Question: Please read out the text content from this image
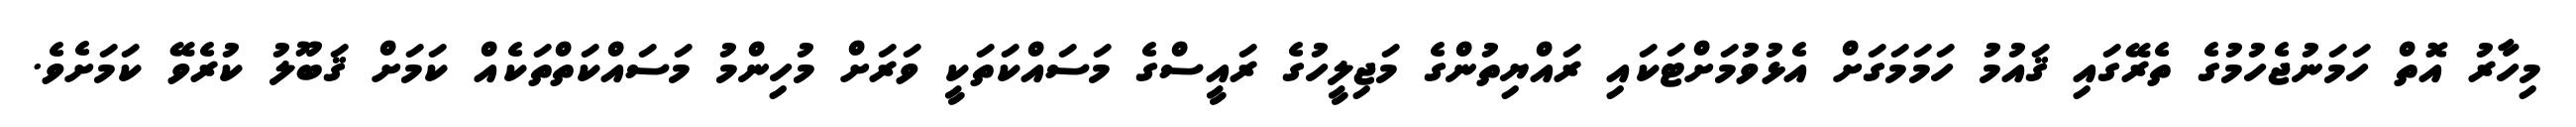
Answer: މިހާރު އޮތް ހަމަނުޖެހުމުގެ ތެރޭގައި ޤައުމު ހަމަމަގަށް އެޅުވުމަށްޓަކައި ރައްޔިތުންގެ މަޖިލީހުގެ ރައީސްގެ މަސައްކަތަކީ ވަރަށް މުހިންމު މަސައްކަތްތަކެއް ކަމަށް ޤަބޫލު ކުރެވޭ ކަމަށެވެ.